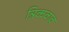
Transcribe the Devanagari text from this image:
त्रिकवाव